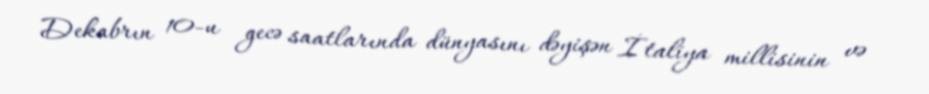
Dekabrın 10-u gecə saatlarında dünyasını dəyişən İtaliya millisinin və